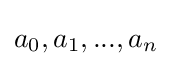
a_{0},a_{1},...,a_{n}